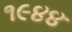
૧૯૪૪